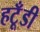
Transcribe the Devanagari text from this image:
हटूँडी